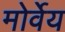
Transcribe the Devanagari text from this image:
मोर्वेय